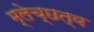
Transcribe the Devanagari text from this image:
म्लेच्छत्व